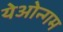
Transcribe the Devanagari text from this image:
येओन्गम